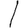
Digit: 1